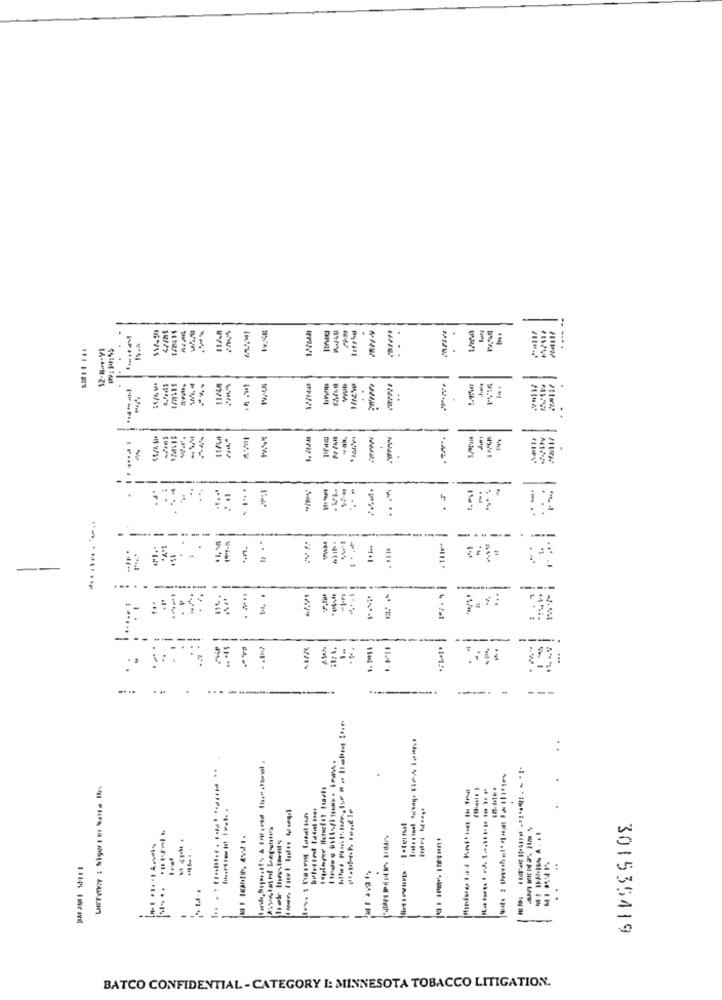
12-N-y-VI
3
..
V*4
11/48
..
i
...
-
.
.F .
..
... .
....
..
----
------
. 11te*
---
.
-
.. #
--
-------
.. .
-
..
...
-
---
.. ..
---
.......
₾ :
------
-
.. ....... ................. ...
-
-
301535419
BATCO CONFIDENTIAL - CATEGORY I: MINNESOTA TOBACCO LITIGATION.